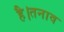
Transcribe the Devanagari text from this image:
है।तनाव